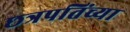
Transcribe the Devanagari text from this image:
छत्रपतिंच्या